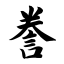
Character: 誊